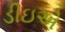
ડીઇએ